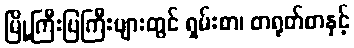
မြို့ကြီးပြကြီးများတွင် ရှမ်းစာ၊ တရုတ်စာနှင့်